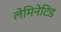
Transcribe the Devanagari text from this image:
लेमिनेटिड